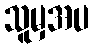
သူမှအပ